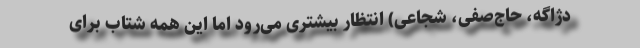
دژاگه، حاج‌صفی، شجاعی) انتظار بیشتری می‌رود اما این همه شتاب برای